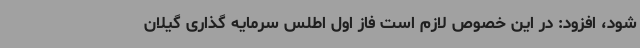
شود، افزود: در این خصوص لازم است فاز اول اطلس سرمایه گذاری گیلان